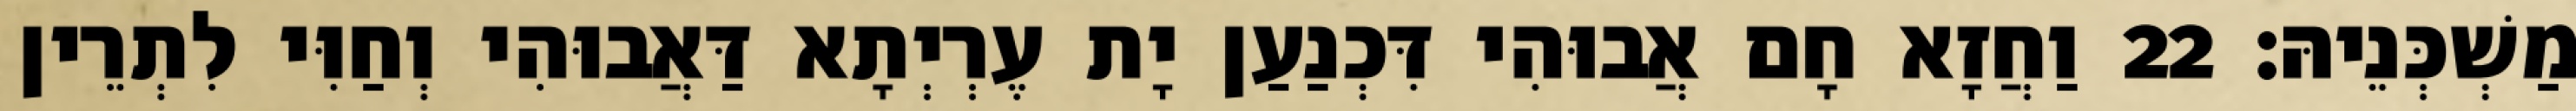
מַשְׁכְּנֵיהּ׃ 22 וַחֲזָא חָם אֲבוּהִי דִּכְנַעַן יָת עֶרְיְתָא דַּאֲבוּהִי וְחַוִּי לִתְרֵין